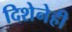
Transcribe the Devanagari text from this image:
दिशेनेही